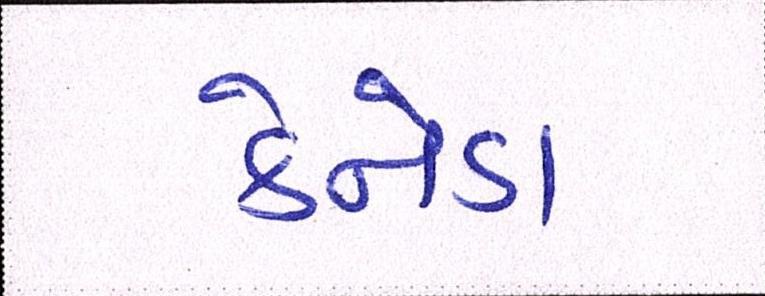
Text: કેનેડા